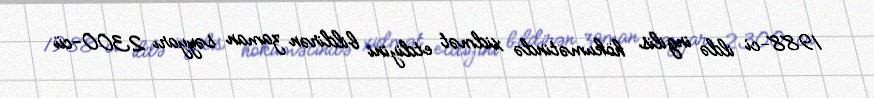
1988-ci ildə ingilis hökumətində xidmət etdiyini bildirən zaman səyyarı 2300-cü